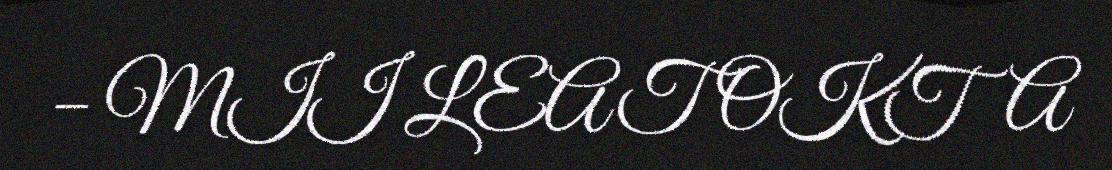
– MII LEAT OKTA